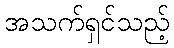
အသက်ရှင်သည့်